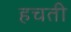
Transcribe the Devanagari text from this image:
हचती